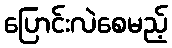
ပြောင်းလဲစေမည့်